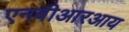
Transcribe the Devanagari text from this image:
एनबीआरआय